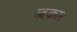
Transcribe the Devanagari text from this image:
ॠकार